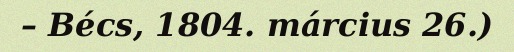
– Bécs, 1804. március 26.)